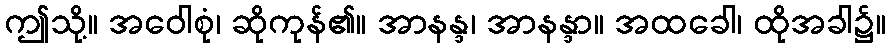
ဤသို့။ အဝေါစုံ၊ ဆိုကုန်၏။ အာနန္ဒ၊ အာနန္ဒာ။ အထခေါ၊ ထိုအခါ၌။